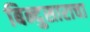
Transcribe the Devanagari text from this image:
बिन्दुसाराचा